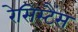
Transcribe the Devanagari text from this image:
रेसिस्टैंस